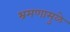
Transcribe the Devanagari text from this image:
भ्रमणामुळे